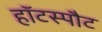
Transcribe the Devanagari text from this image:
हॉटस्‍पौट